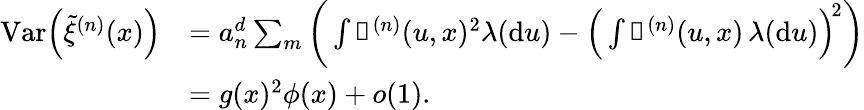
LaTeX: \begin{array}{rl}{\mathrm{Var}\Big(\tilde{\xi}^{(n)}(x)\Big)}&{=a_{n}^{d}\sum_{m}\bigg(\int\mathbb{k}^{(n)}(u,x)^{2}\lambda(\mathrm{d}u)-\Big(\int\mathbb{k}^{(n)}(u,x)\, \lambda(\mathrm{d}u)\Big)^{\! 2}\bigg)}\\ &{=g(x)^{2}\phi(x)+o(1).}\end{array}